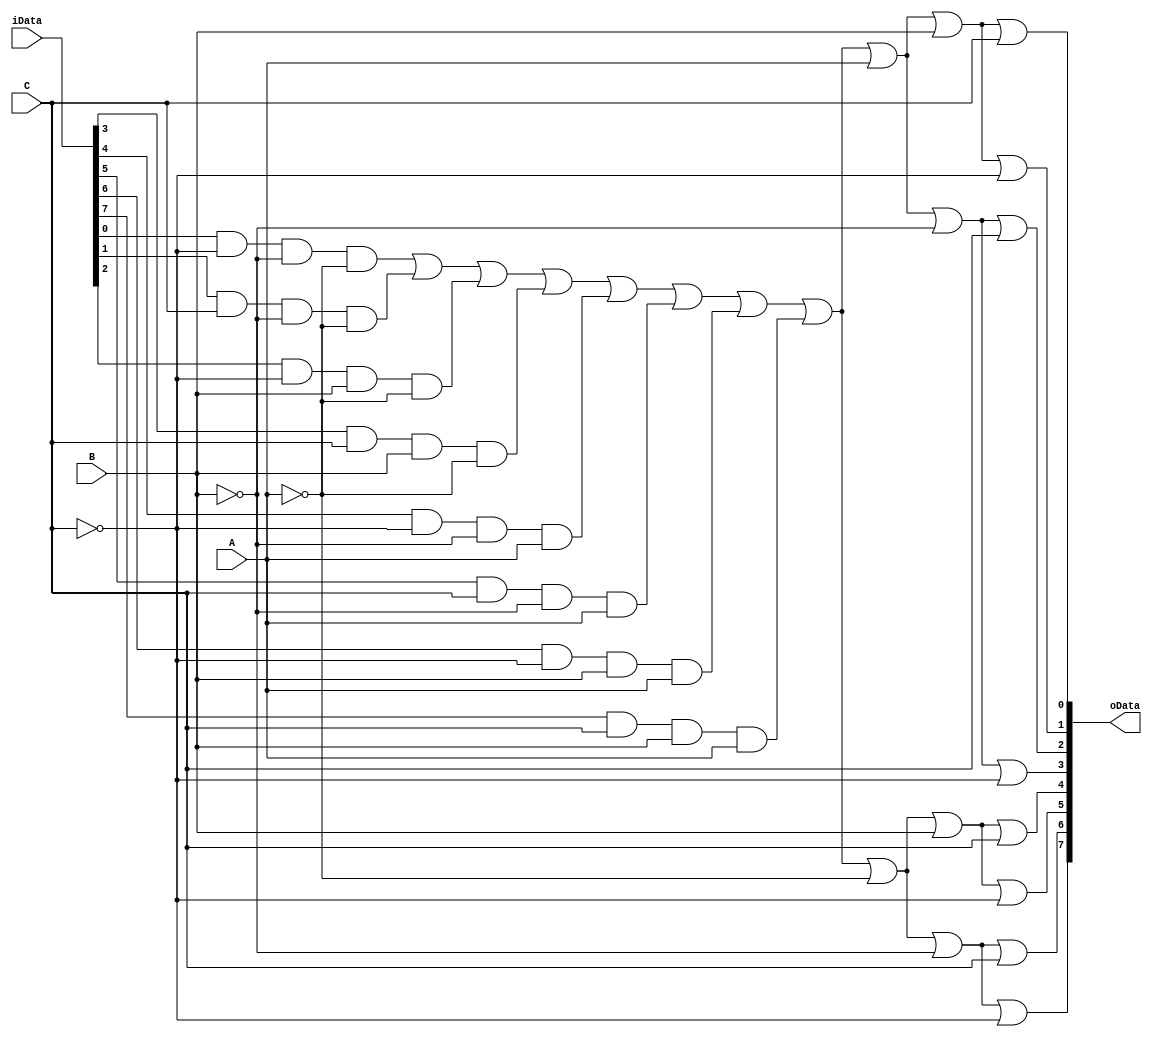
module transmission8(
    input [7:0] iData,
    input A,B,C,
    output [7:0] oData
);
    wire Y;
    assign Y=  ( (iData[0] & ~C & ~B & ~A) | 
                (iData[1] & C & ~B & ~A) |
                (iData[2] & ~C & B & ~A) | 
                (iData[3] & C & B & ~A) | 
                (iData[4] & ~C & ~B & A) | 
                (iData[5] & C & ~B & A) | 
                (iData[6] & ~C & B & A) | 
                (iData[7] & C & B & A));

    assign oData[0]= Y | A | B | C;
    assign oData[1]= Y | A | B | ~C;
    assign oData[2]= Y | A | ~B | C;
    assign oData[3]= Y | A | ~B | ~C;
    assign oData[4]= Y | ~A | B | C;
    assign oData[5]= Y | ~A | B | ~C;
    assign oData[6]= Y | ~A | ~B | C;
    assign oData[7]= Y | ~A | ~B | ~C;
endmodule